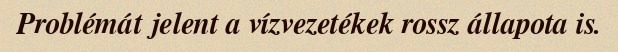
Problémát jelent a vízvezetékek rossz állapota is.